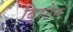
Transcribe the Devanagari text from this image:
बि्रटेन